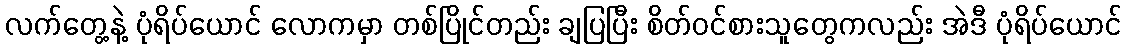
လက်တွေ့နဲ့ ပုံရိပ်ယောင် လောကမှာ တစ်ပြိုင်တည်း ချပြပြီး စိတ်ဝင်စားသူတွေကလည်း အဲဒီ ပုံရိပ်ယောင်